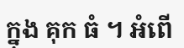
ក្នុង គុក ធំ ។ អំពើ